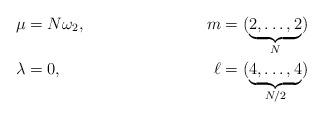
LaTeX: \begin{align*}\mu&=N \omega_2, &m&=(\underbrace{2,\ldots,2}_{N})\\\lambda&=0, &\ell&=(\underbrace{4,\ldots,4}_{N/2})\end{align*}